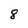
Character: 8